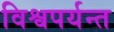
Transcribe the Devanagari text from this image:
विश्वपर्यन्त